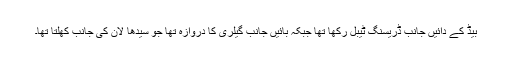
بیڈ کے دائیں جانب ڈریسنگ ٹیبل رکھا تھا جبکہ بائیں جانب گیلری کا دروازہ تھا جو سیدھا لان کی جانب کھلتا تھا۔